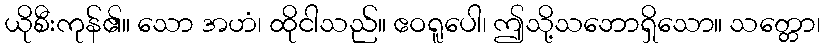
ယိုစီးကုန်၏။ သော အဟံ၊ ထိုငါသည်။ ဧဝရူပေါ၊ ဤသို့သဘောရှိသော။ သတ္တော၊